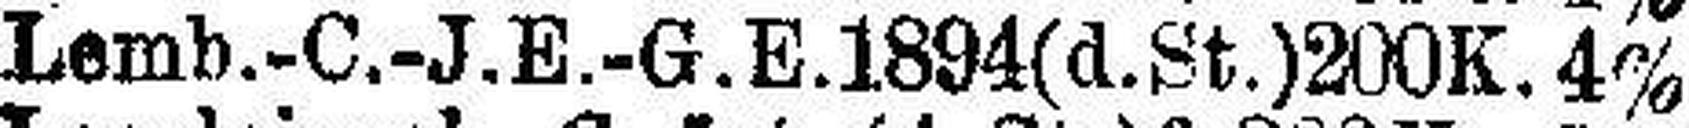
Lemb.-C.-J.E.-G.E.1894(d.St.) 200 K. 4%